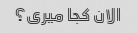
الان کجا میری؟